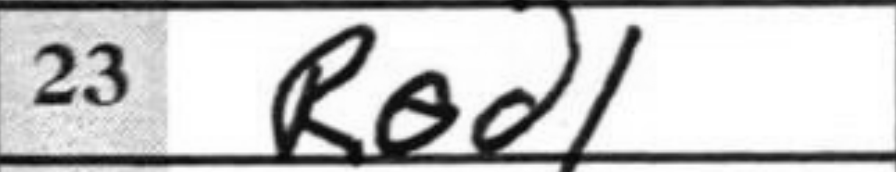
Transcription: Rad1